Civil Veterinary Department Bihar reports 1936-40 - 1936-1940
Year: 1936
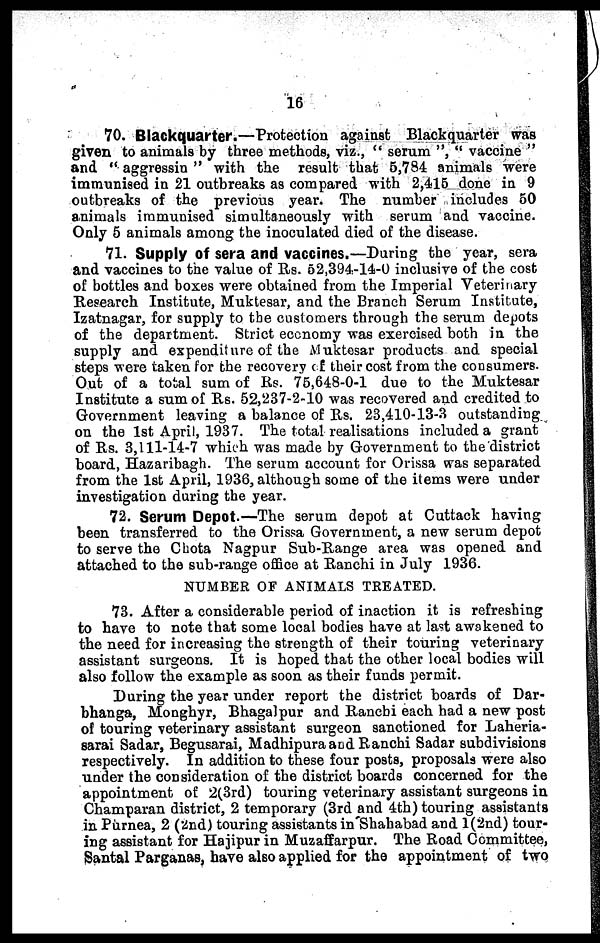
16
70. Blackquarter.—Protection against Blackquarter was
given to animals by three methods, viz., "serum", "vaccine"
and "aggressin" with the result that 5,7S4 animals were
immunised in 21 outbreaks as compared with 2,415 done in 9
outbreaks of the previous year. The number includes 50
animals immunised simultaneously with serum and vaccine.
Only 5 animals among the inoculated died of the disease.
71. Supply of sera and vaccines.—During the year, sera
and vaccines to the value of Rs. 52,394-14-0 inclusive of the cost
of bottles and boxes were obtained from the Imperial Veterinary
Research Institute, Muktesar, and the Branch Serum Institute,
Izatnagar, for supply to the customers through the serum depots
of the department. Strict economy was exercised both in the
supply and expenditure of the Muktesar products and special
steps were taken for the recovery of their cost from the consumers.
Out of a total sum of Rs. 75,648-0-1 due to the Muktesar
Institute a sum of Rs. 52,237-2-10 was recovered and credited to
Government leaving a balance of Rs. 23,410-13-3 outstanding
on the 1st April, 1937. The total realisations included a grant
of Rs. 3,111-14-7 which was made by Government to the district
board, Hazaribagh. The serum account for Orissa was separated
from the 1st April, 1936, although some of the items were under
investigation during the year.
72. Serum Depot.—The serum depot at Cuttack having
been transferred to the Orissa Government, a new serum depot
to serve the Chota Nagpur Sub-Range area was opened and
attached to the sub-range office at Ranchi in July 1936.
NUMBER OF ANIMALS TREATED.
73. After a considerable period of inaction it is refreshing
to have to note that some local bodies have at last awakened to
the need for increasing the strength of their touring veterinary
assistant surgeons. It is hoped that the other local bodies will
also follow the example as soon as their funds permit.
During the year under report the district boards of Dar-
bhanga, Monghyr, Bhagalpur and Ranchi each had a new post
of touring veterinary assistant surgeon sanctioned for Laheria-
sarai Sadar, Begusarai, Madhipura and Ranchi Sadar subdivisions
respectively. In addition to these four posts, proposals were also
under the consideration of the district boards concerned for the
appointment of 2(3rd) touring veterinary assistant surgeons in
Champaran district, 2 temporary (3rd and 4th) touring assistants
in Purnea, 2 (2nd) touring assistants in Shahabad and 1(2nd) tour-
ing assistant for Hajipur in Muzaffarpur. The Road Committee,
Santal Parganas, have also applied for the appointment of two